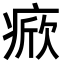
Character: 𤷓